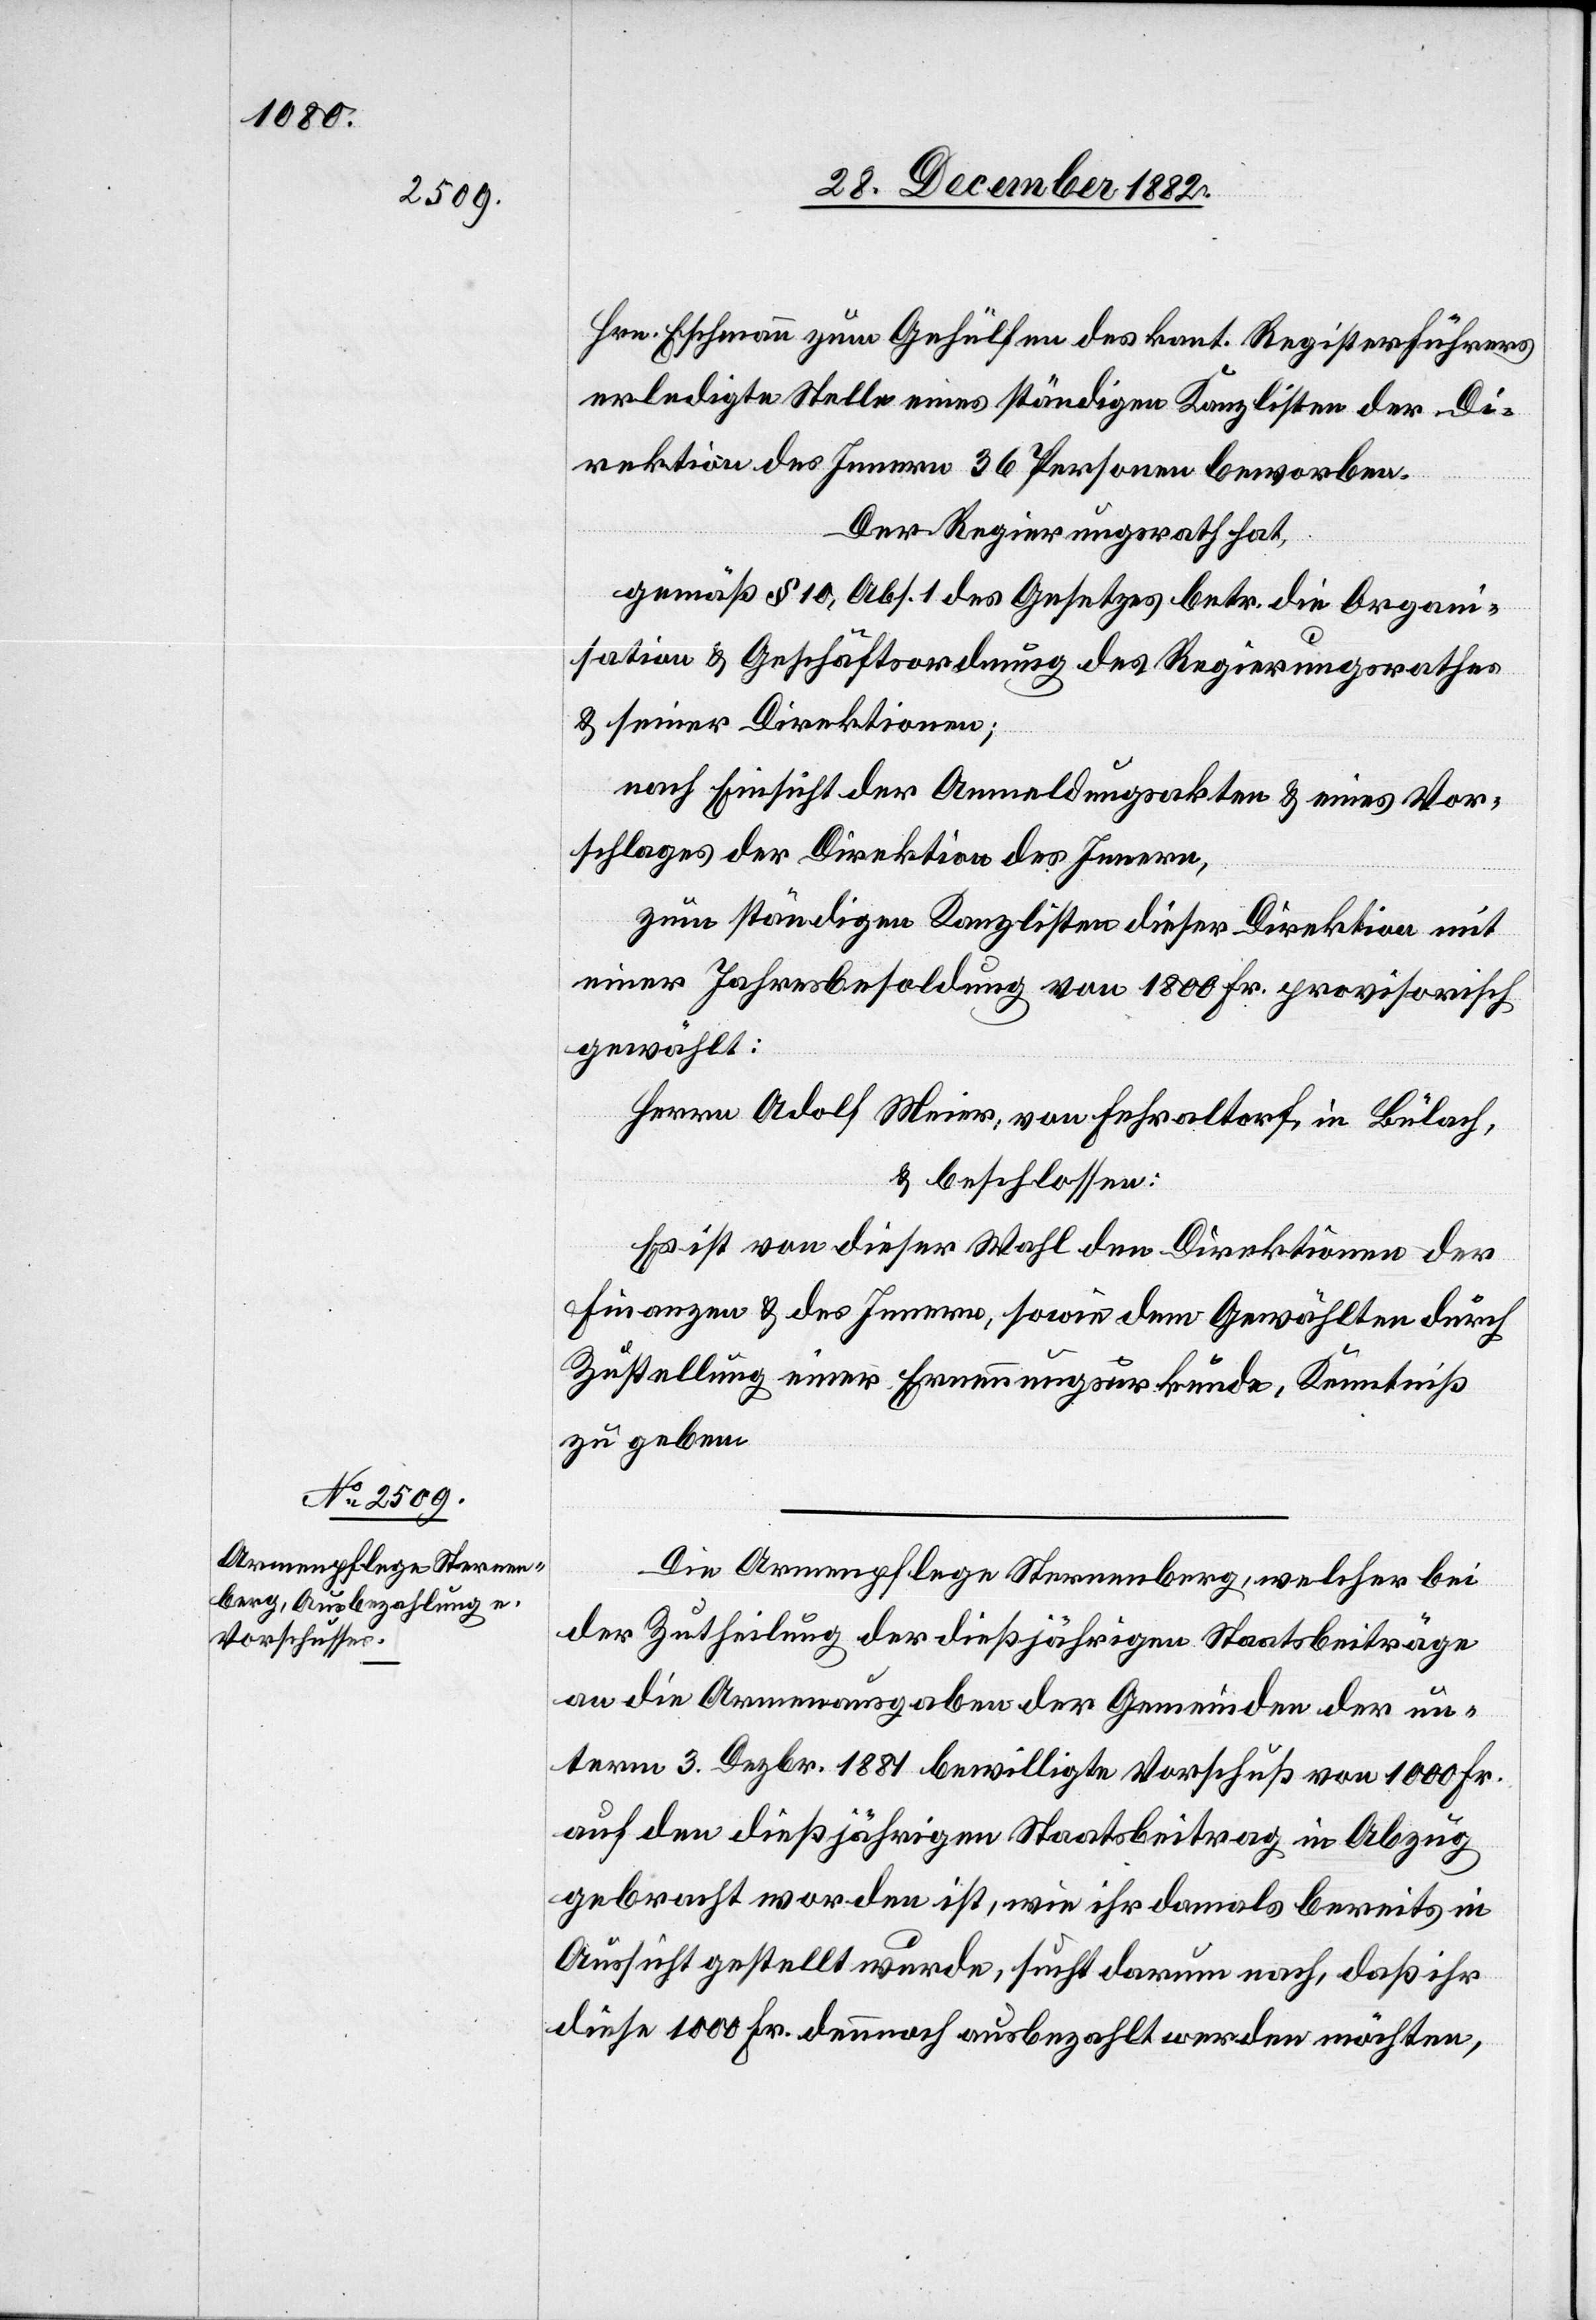
Hrn. Eschmann zum Gehülfen des kant. Registerführers
erledigte Stelle eines ständigen Kanzlisten der Di¬
rektion des Innern 36 Personen beworben.
Der Regierungsrath hat,
gemäß § 10, Abs. 1 des Gesetzes betr. die Organi¬
sation & Geschäftsordnung des Regierungsrathes
& seiner Direktionen;
nach Einsicht der Anmeldungskaten & eines Vor¬
schlages der Direktion des Innern,
zum ständigen Kanzlisten dieser Direktion mit
einer Jahresbesoldung von 1800 Fr. provisorisch
gewählt:
Herrn Adolf Meier, von Fehraltorf, in Bülach,
& beschlossen:
Es ist von dieser Wahl den Direktionen der
Finanzen & des Innern, sowie dem Gewählten durch
Zustellung einer Ernennungsurkunde, Kenntniß
zu geben.
Die Armenpflege Sternenberg, welcher bei
der Zutheilung der dießjährigen Staatsbeiträge
an die Armenausgaben der Gemeinden der un¬
term 3. Dezbr. 1881 bewilligte Vorschuß von 1000 Fr.
auf den dießjährigen Staatsbeitrag in Abzug
gebracht worden ist, wie ihr damals bereits in
Aussicht gestellt wurde, sucht darum nach, daß ihr
diese 1000 Fr. dennoch ausbezahlt werden möchten,